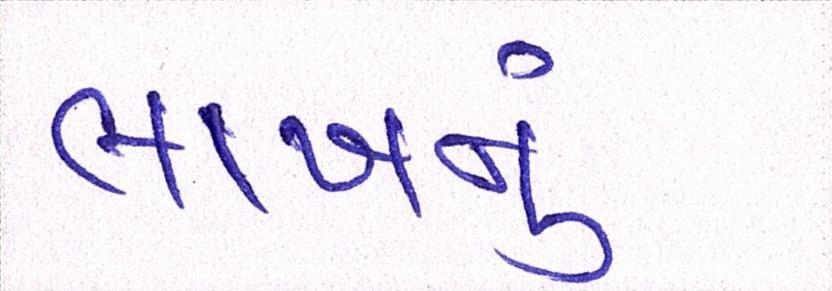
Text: લાખનું